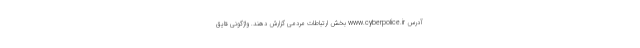
آدرس www.cyberpolice.ir بخش ارتباطات مردمی گزارش دهند. واژگونی قایق